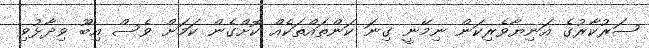
ސަރުކާރުގެ އަނިޔާވެރިކަން ނިމޭނީ ގިނަ ކަންތައްތަކެއް ކޮށްގެން ކަމަށް ވެސް އިބޫ ވިދާޅުވި